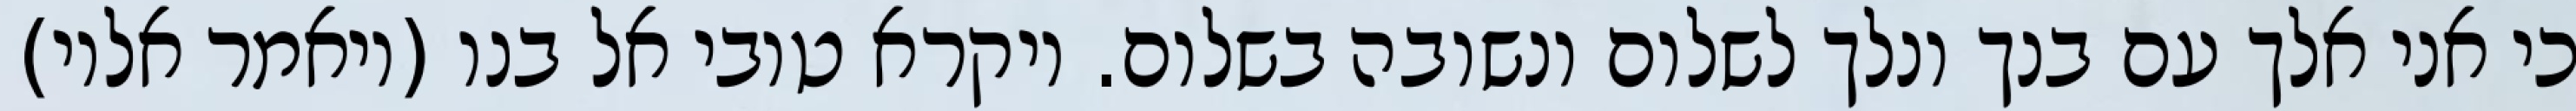
כי אני אלך עם בנך ונלך לשלום ונשובה בשלום. ויקרא טובי אל בנו (ויאמר אליו)